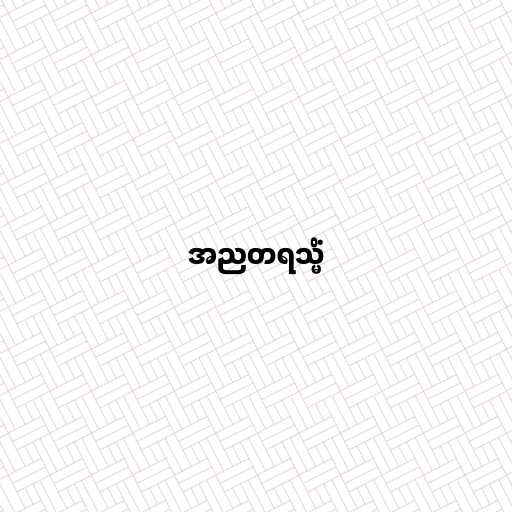
အညတရသ္မိံ